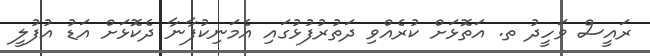
ރައީސް ވަހީދު ތ. އަތޮޅަށް ކުރެއްވި ދަތުރުފުޅުގައި އެމަނިކުފާނާ ދެކޮޅަށް އަޑު އުފުލީ